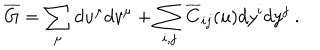
\overline { { G } } = \sum _ { \mu } d u ^ { \mu } d v ^ { \mu } + \sum _ { i , j } \overline { { C } } _ { i j } ( u ) d y ^ { i } d y ^ { j } ~ .